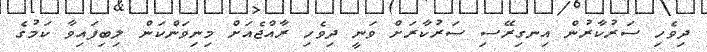
ދިވެހި ސަރުކާރުން އިނގިރޭސި ސަރުކާރަށް ވަނީ ދިވެހި ރާއްޖެއަށް މިނިވަންކަން ލިބިފައިވާ ކަމުގެ